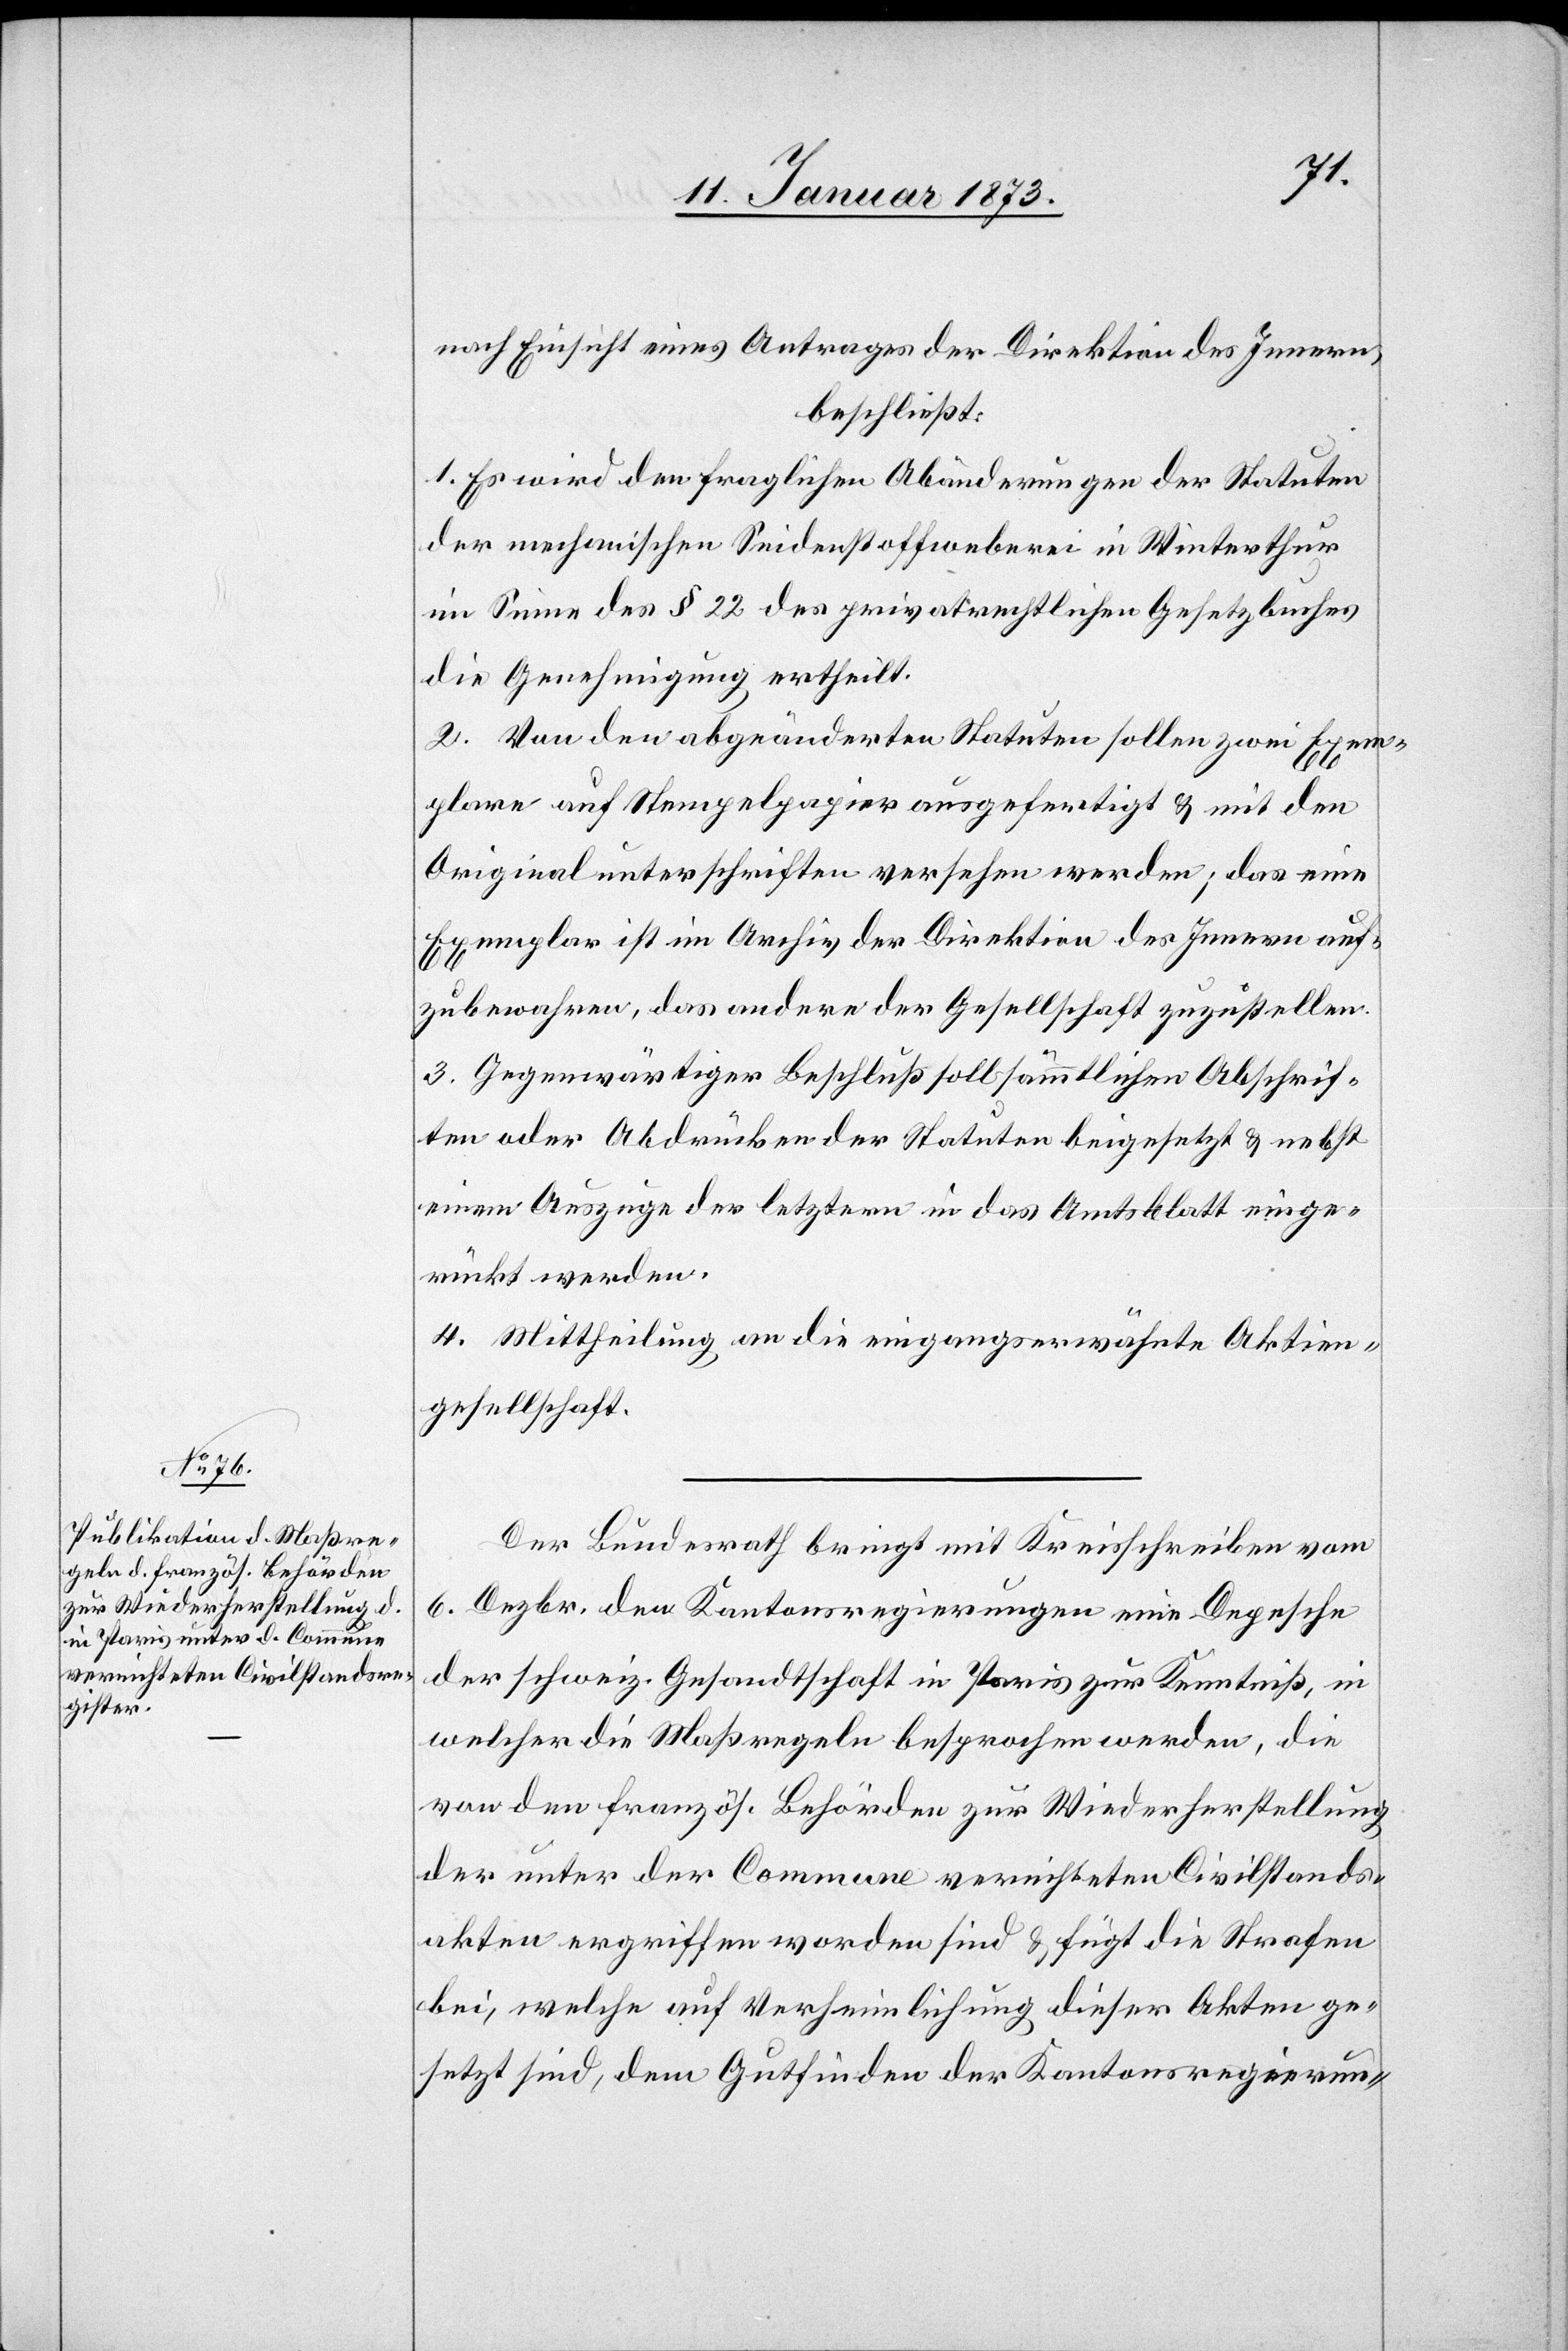
nach Einsicht eines Antrages der Direktion des Innern,
beschließt:
1. Es wird den fraglichen Abänderungen der Statuten
der mechanischen Seidenstoffweberei in Winterthur
im Sinne des § 22 des privatrechtlichen Gesetzbuches
die Genehmigung ertheilt.
2. Von den abgeänderten Statuten sollen zwei Exem¬
plare auf Stempelpapier ausgefertigt & mit den
Originalunterschriften versehen werden; das eine
Exemplar ist im Archiv der Direktion des Innern auf¬
zubewahren, das andere der Gesellschaft zuzustellen.
3. Gegenwärtiger Beschluß soll sämmtlichen Abschrif¬
ten oder Abdrücken der Statuten beigesetzt & nebst
einem Auszuge der letztern in das Amtsblatt einge¬
rückt werden.
4. Mittheilung an die eingangserwähnte Aktien¬
gesellschaft.
Der Bundesrath bringt mit Kreisschreiben vom
6. Dezbr. den Kantonsregierungen eine Depesche
der schweiz. Gesandtschaft in Paris zur Kenntniß, in
welcher die Maßregeln besprochen werden, die
von den französ. Behörden zur Wiederherstellung
der unter der Commune vernichteten Civilstands¬
akten ergriffen worden sind & fügt die Strafen
bei, welche auf Verheimlichung dieser Akten ge¬
setzt sind, dem Gutfinden der Kantonsregierun-